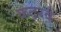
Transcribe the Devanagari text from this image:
कटरवे